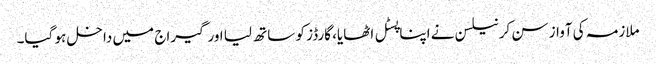
ملازمہ کی آواز سن کر نیلسن نے اپنا پسٹل اٹھایا، گارڈز کو ساتھ لیا اورگیراج میں داخل ہو گیا۔